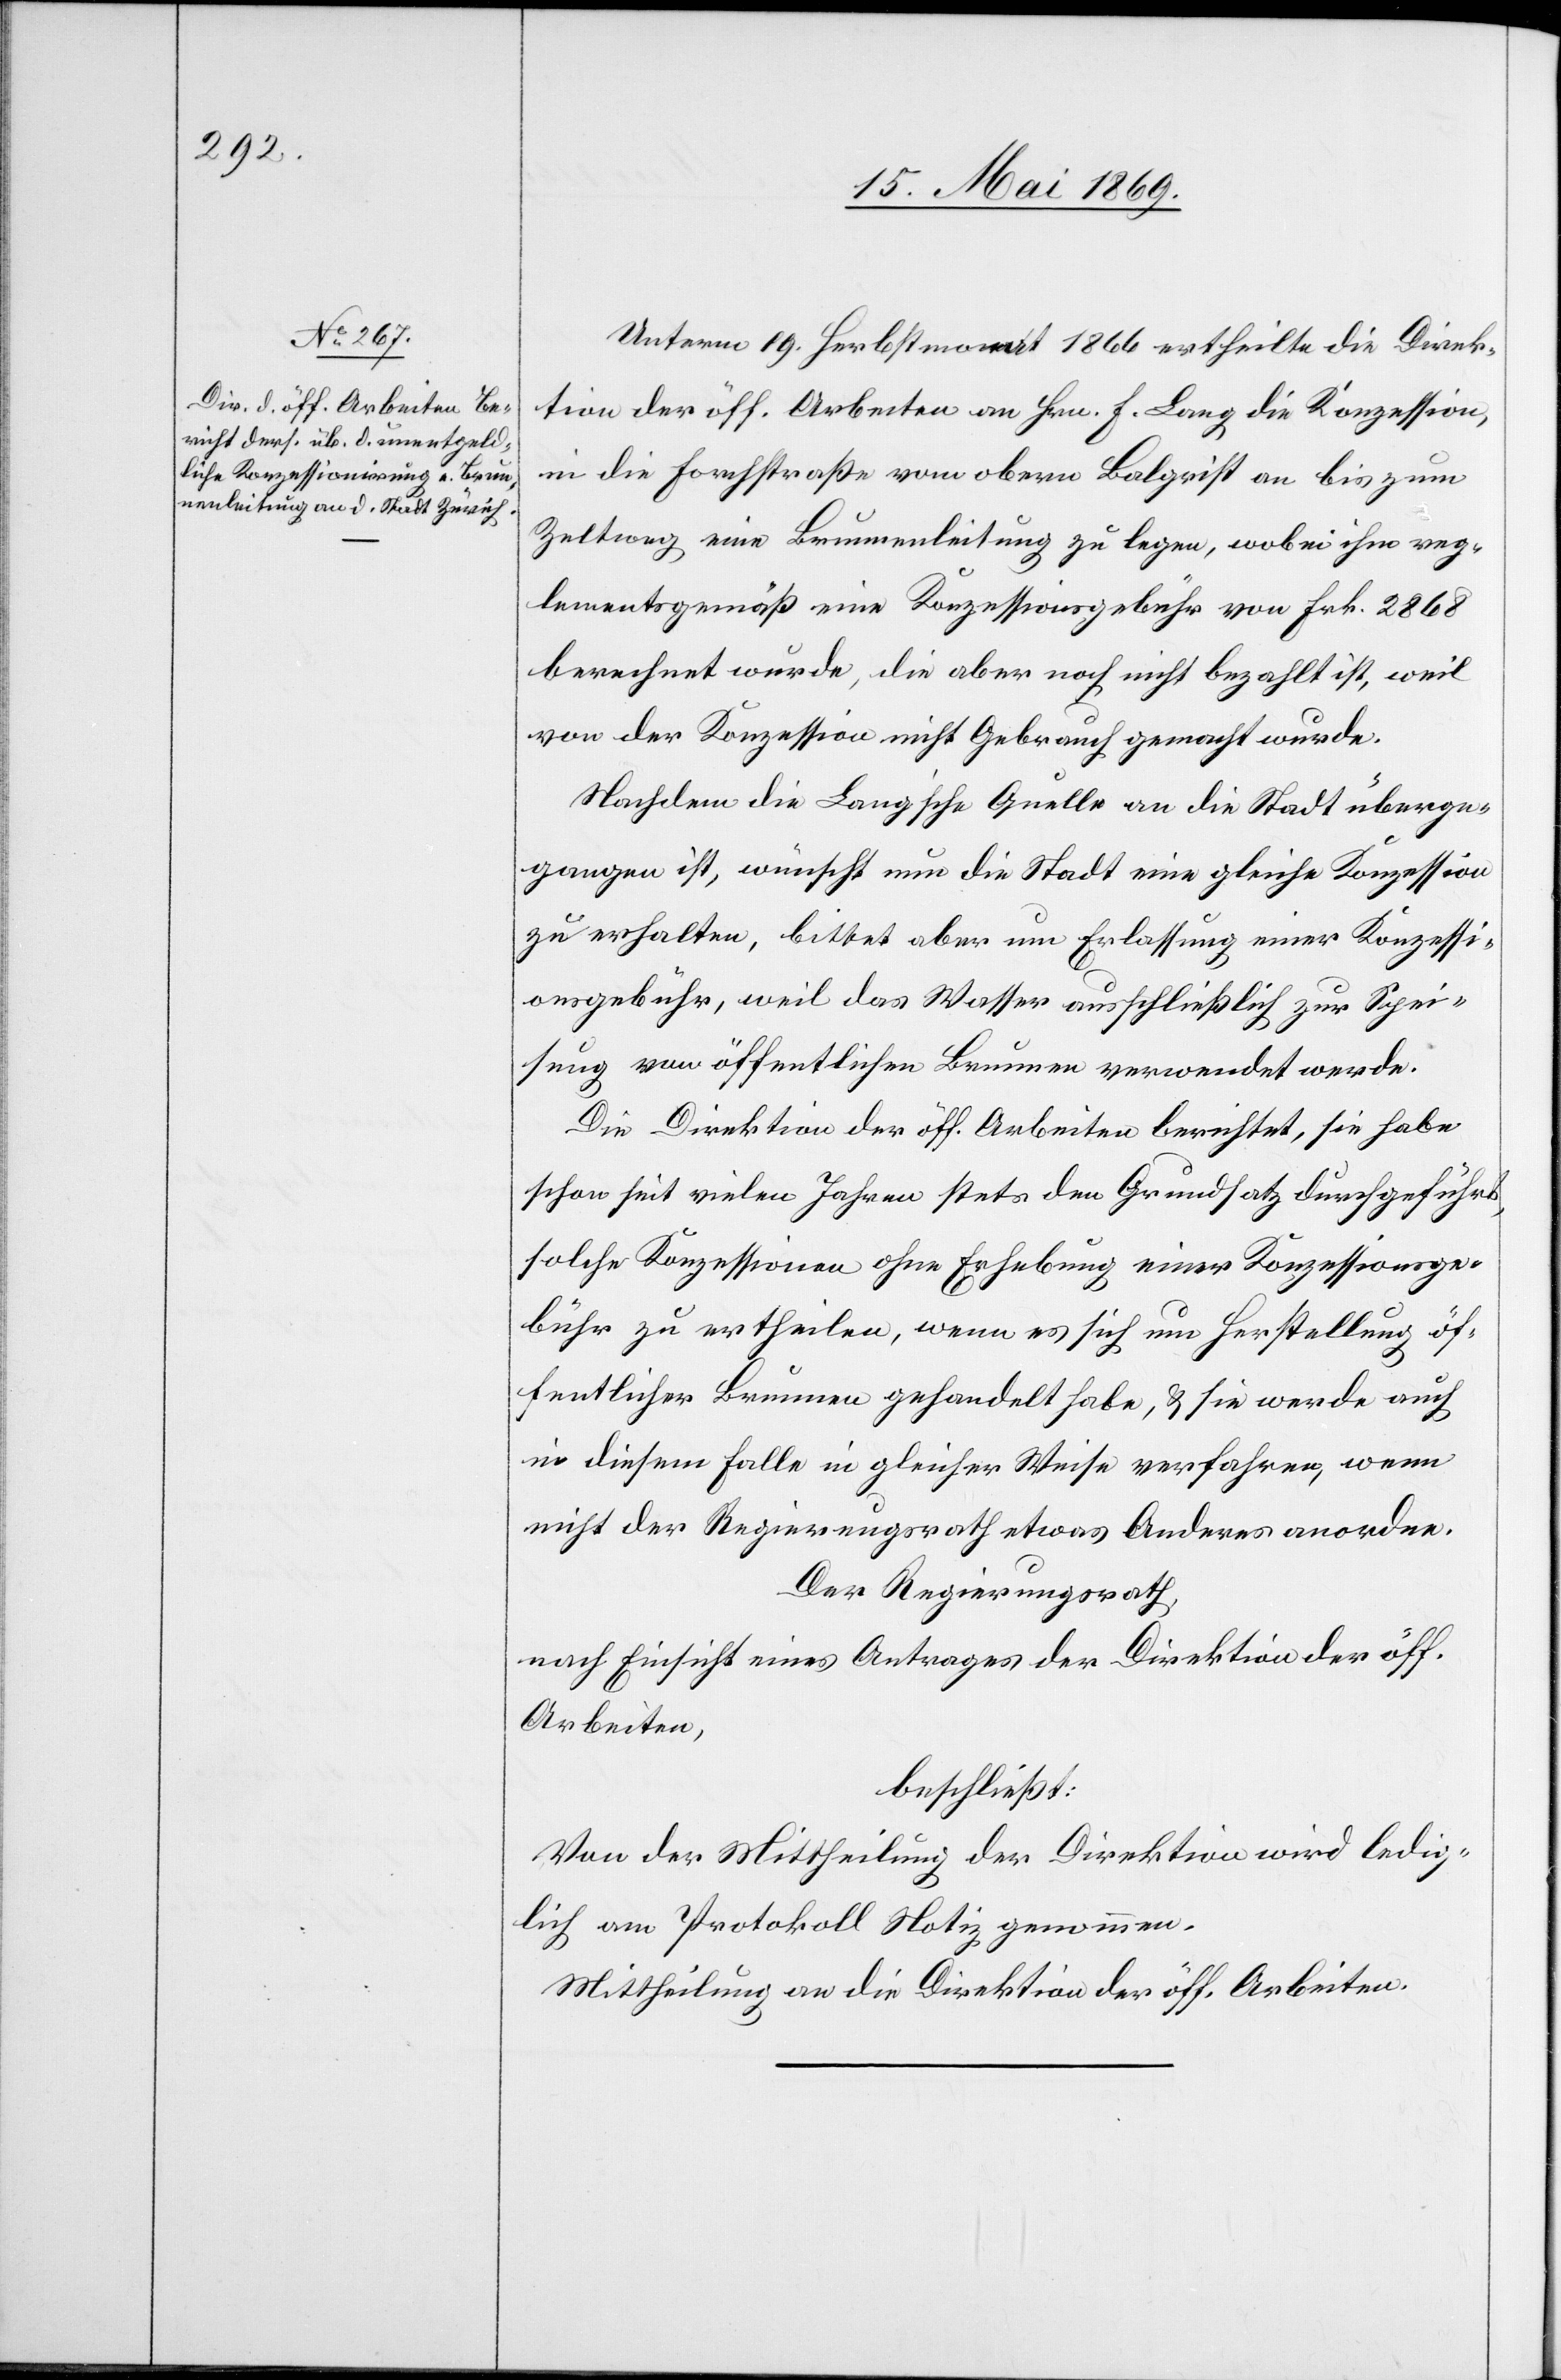
Unterm 19. Herbstmonat 1866 ertheilte die Direk¬
tion der öff. Arbeiten an Hrn. F. Lang die Konzession,
in die Forchstraße vom obern Balgrist an bis zum
Zeltweg eine Brunnenleitung zu legen, wobei ihm reg¬
lementsgemäß eine Konzessionsgebühr von Frk. 2868
berechnet wurde, die aber noch nicht bezahlt ist, weil
von der Konzession nicht Gebrauch gemacht wurde.
Nachdem die Lang’sche Quelle an die Stadt überge¬
gangen ist, wünscht nun die Stadt eine gleiche Konzession
zu erhalten, bittet aber um Erlassung einer Konzessi¬
onsgebühr, weil das Wasser ausschließlich zu Spei¬
sung von öffentlichen Brunnen verwendet werde.
Die Direktion der öff. Arbeiten berichtet, sie habe
schon seit vielen Jahren stets den Grundsatz durchgeführt,
solche Konzessionen ohne Erhebung einer Konzessionsge¬
bühr zu ertheilen, wenn es sich um Herstellung öf¬
fentlicher Brunnen gehandelt habe, u. sie werde auch
in diesem Falle in gleicher Weise verfahren, wenn
nicht der Regierungsrath etwas Anderes anordne.
Der Regierungsrath,
nach Einsicht eines Antrages der Direktion der öff.
Arbeiten,
beschließt:
Von der Mittheilung der Direktion wird ledig¬
lich am Protokoll Notiz genommen.
Mittheilung an die Direktion der öff. Arbeiten.